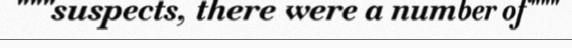
"""suspects, there were a number of"""